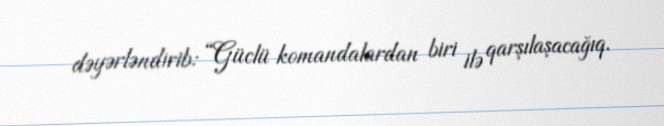
dəyərləndirib: “Güclü komandalardan biri ilə qarşılaşacağıq.